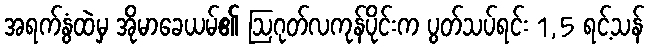
အရက်နွံထဲမှ အိုမာခေယမ်၏ ဩဂုတ်လကုန်ပိုင်းက ပွတ်သပ်ရင်း 1,5 ရင့်သန်